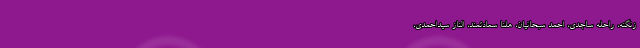
زنگنه، راحله ساجدی، احمد سبحانیان، هلنا سعادتمند، الناز سیداحمدی،